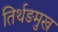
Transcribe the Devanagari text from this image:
तिर्थङमुख